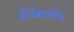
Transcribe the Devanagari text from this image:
लिंबलोण